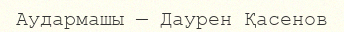
Аудармашы — Даурен Қасенов